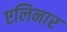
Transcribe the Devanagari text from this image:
एलिनार